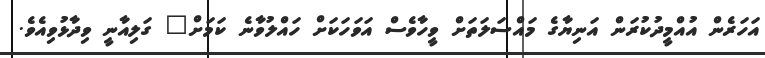
އަހަރެން އުއްމީދުކުރަން އަނިޔާގެ މައްސަލަތަށް ވީހާވެސް އަވަހަކަށް ހައްލުވާނެ ކަމަށް" ގަލިއާނީ ވިދާޅުވިއެވެ.